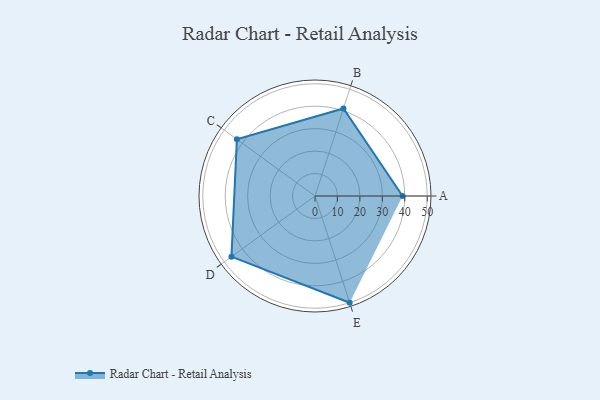
{"axis": {"x": "Skill", "y": "Score"}, "legend": ["Profile"], "data": [{"x": "A", "y": 39.0, "type": "Profile"}, {"x": "B", "y": 41.0, "type": "Profile"}, {"x": "C", "y": 43.0, "type": "Profile"}, {"x": "D", "y": 46.0, "type": "Profile"}, {"x": "E", "y": 50.0, "type": "Profile"}]}